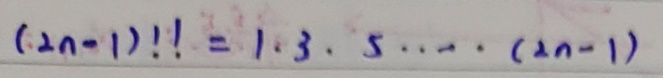
$(2n - 1)!! = 1\cdot3\cdot5\cdot\cdots\cdot(2n - 1)$